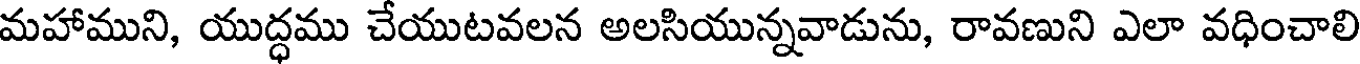
మహాముని, యుద్ధము చేయుటవలన అలసియున్నవాడును, రావణుని ఎలా వధించాలి